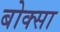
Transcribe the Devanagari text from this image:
बोक्सा